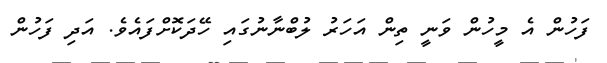
ފަހުން އެ މީހުން ވަނީ ތިން އަހަރު ލުބްނާނުގައި ހޭދަކޮށްފައެވެ. އަދި ފަހުން